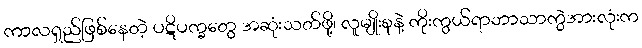
ကာလရှည်ဖြစ်နေတဲ့ ပဋိပက္ခတွေ အဆုံးသတ်ဖို့၊ လူမျိုးစုနဲ့ ကိုးကွယ်ရာဘာသာကွဲအားလုံးက